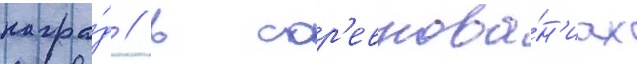
награ́д // В сор'евнова́н'иах